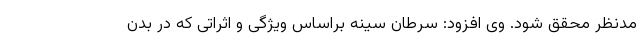
مدنظر محقق شود. وی افزود: سرطان سینه براساس ویژگی و اثراتی که در بدن